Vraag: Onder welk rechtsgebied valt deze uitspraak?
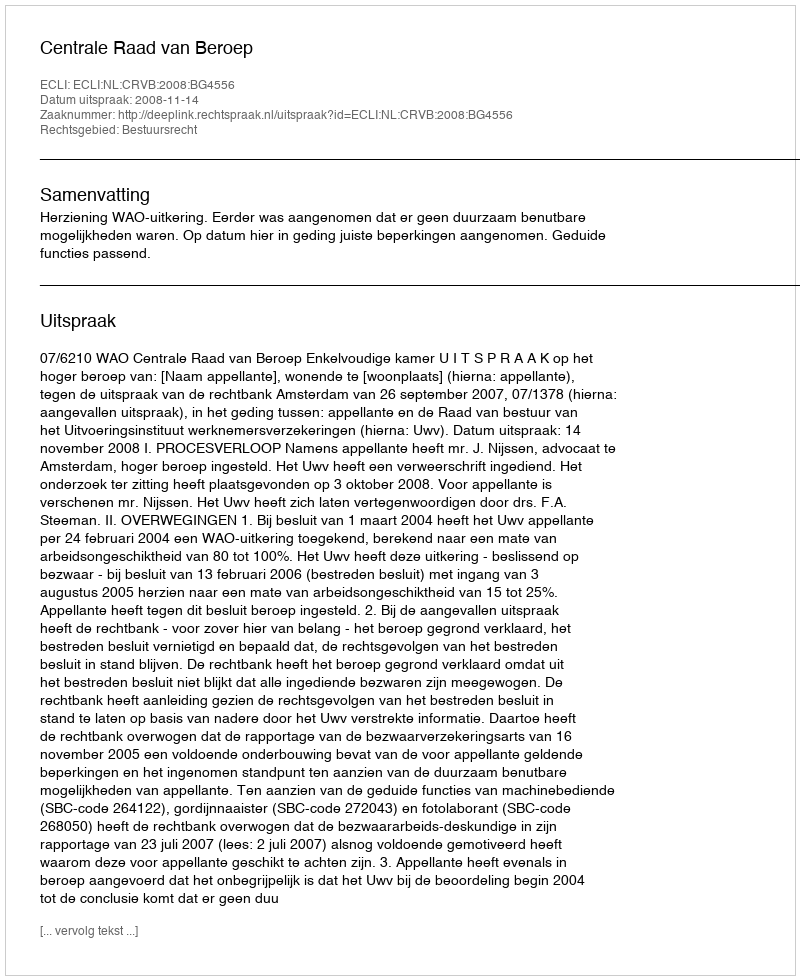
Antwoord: Bestuursrecht